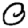
Digit: 0